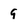
Character: 9